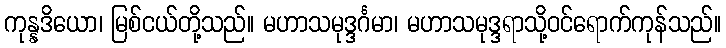
ကုန္နဒိယော၊ မြစ်ငယ်တို့သည်။ မဟာသမုဒ္ဒင်္ဂမာ၊ မဟာသမုဒ္ဒရာသို့ဝင်ရောက်ကုန်သည်။